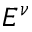
E ^ { \nu }